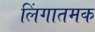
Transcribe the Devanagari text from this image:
लिंगातमक